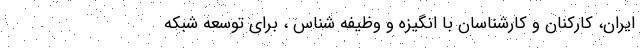
ایران، کارکنان و کارشناسان با انگیزه و وظیفه شناس ، برای توسعه شبکه